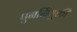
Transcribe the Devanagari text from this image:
पुनर्नियुक्ती